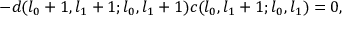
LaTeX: - d ( l _ { 0 } + 1 , l _ { 1 } + 1 ; l _ { 0 } , l _ { 1 } + 1 ) c ( l _ { 0 } , l _ { 1 } + 1 ; l _ { 0 } , l _ { 1 } ) = 0 ,